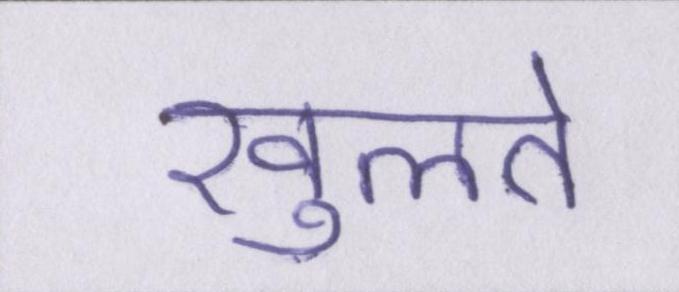
खुलते